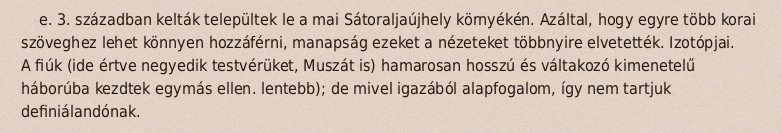
e. 3. században kelták települtek le a mai Sátoraljaújhely környékén. Azáltal, hogy egyre több korai szöveghez lehet könnyen hozzáférni, manapság ezeket a nézeteket többnyire elvetették. Izotópjai. A fiúk (ide értve negyedik testvérüket, Muszát is) hamarosan hosszú és váltakozó kimenetelű háborúba kezdtek egymás ellen. lentebb); de mivel igazából alapfogalom, így nem tartjuk definiálandónak.